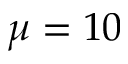
\mu = 1 0